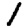
Digit: 1